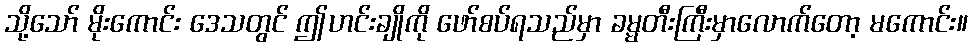
သို့သော် မိုးကောင်း ဒေသတွင် ဤဟင်းချိုကို ဖော်စပ်ရသည်မှာ ခမ္မတီးကြီးမှာလောက်တော့ မကောင်း။